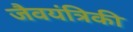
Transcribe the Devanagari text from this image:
जैवयंत्रिकी